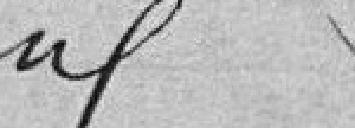
idem